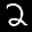
Label: 2